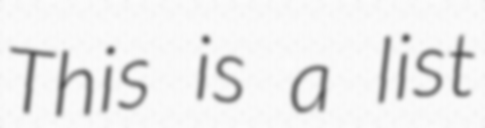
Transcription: This is a list